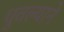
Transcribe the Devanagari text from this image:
धुतल्याने